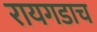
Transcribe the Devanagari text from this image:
रायगडाच